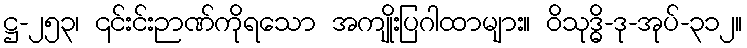
ဋ္ဌ-၂၅၃၊ ၎င်းင်းဉာဏ်ကိုရသော အကျိုးပြဂါထာများ။ ဝိသုဒ္ဓိ-ဒု-အုပ်-၃၁၂။